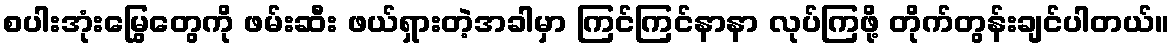
စပါးအုံးမြွေတွေကို ဖမ်းဆီး ဖယ်ရှားတဲ့အခါမှာ ကြင်ကြင်နာနာ လုပ်ကြဖို့ တိုက်တွန်းချင်ပါတယ်။